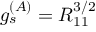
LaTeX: g _ { s } ^ { ( A ) } = R _ { 1 1 } ^ { 3 / 2 }